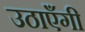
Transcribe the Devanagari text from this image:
उठाएँगी